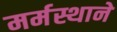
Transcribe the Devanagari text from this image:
मर्मस्थाने